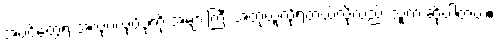
အပင်တွေရဲ့ အလုပ်လုပ်ပုံကို အများကြီး အတုယူလို့ရတယ်လို့လည်း သူက ဆိုပါတယ်။